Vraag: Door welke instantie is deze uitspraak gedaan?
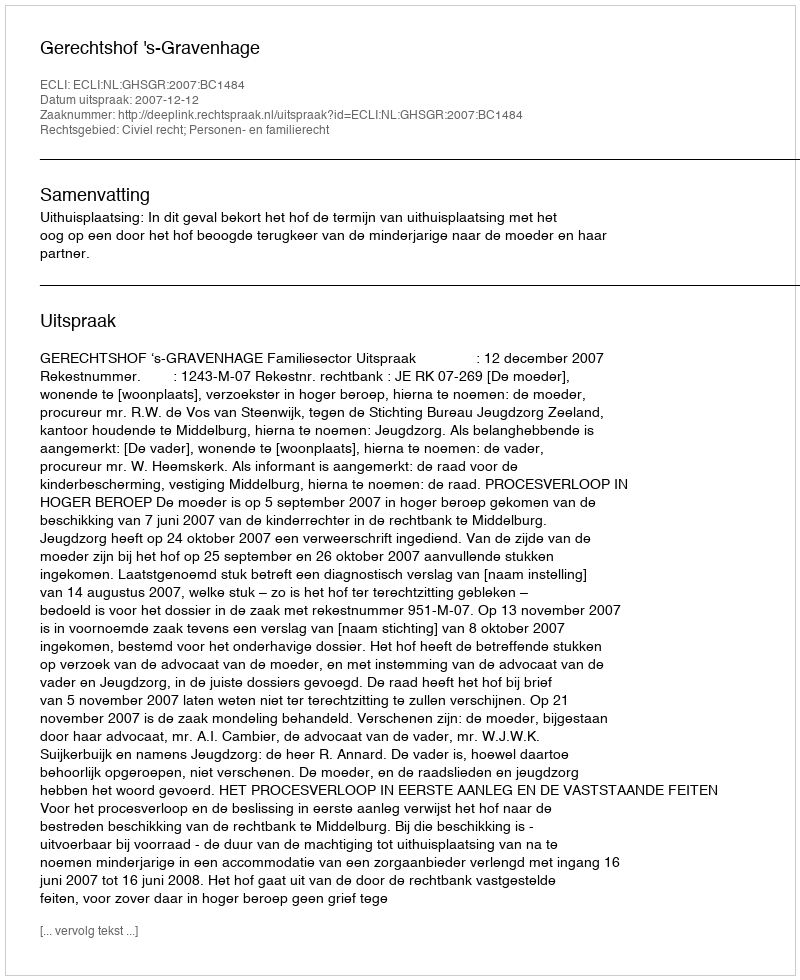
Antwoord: Gerechtshof 's-Gravenhage